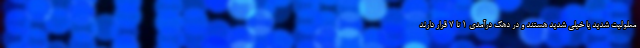
معلولیت شدید یا خیلی شدید هستند و در دهک درآمدی ۱ تا ۷ قرار دارند